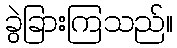
ခွဲခြားကြသည်။